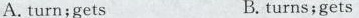
A. turn; gets B. turns; gets